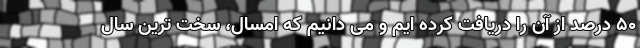
۵۰ درصد از آن را دریافت کرده ایم و می دانیم که امسال، سخت ترین سال